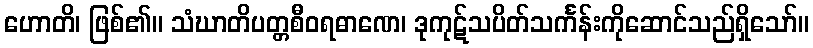
ဟောတိ၊ ဖြစ်၏။ သံဃာတိပတ္တစီဝရဓာဏေ၊ ဒုကုဋ်သပိတ်သင်္ကန်းကိုဆောင်သည်ရှိသော်။